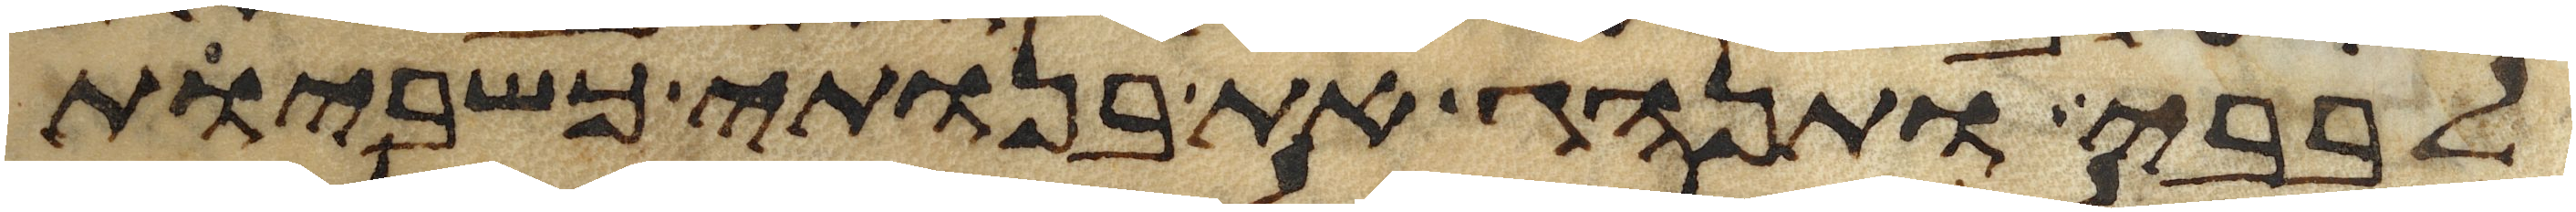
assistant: לבבי ותנהג את בנותי כשביות